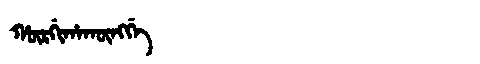
Manchu: ᡥᡡᡵᡤᡳᡥᠠᡴᡡᠩᡤᡝ
Romanization: HŪRGIHAKŪNGGE